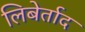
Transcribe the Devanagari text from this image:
लिबेर्ताद